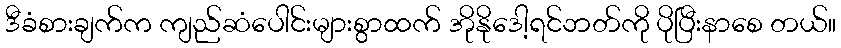
ဒီခံစားချက်က ကျည်ဆံပေါင်းများစွာထက် အိုနိုဒေါ့ရင်ဘတ်ကို ပိုပြီးနာစေ တယ်။